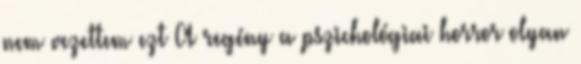
nem vezettem ezt A regény a pszichológiai horror olyan